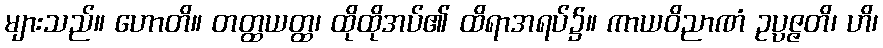
များသည်။ ဟောတိ။ တတ္ထယတ္ထ၊ ထိုထိုအပ်၏ ထိရာအရပ်၌။ ကာယဝိညာဏံ ဥပ္ပဇ္ဇတိ၊ ဟိ၊